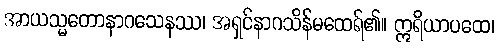
အာယသ္မတောနာဂသေနဿ၊ အရှင်နာဂသိန်မထေရ်၏။ ဣရိယာပထေ၊